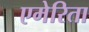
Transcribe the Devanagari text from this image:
एमेरिता